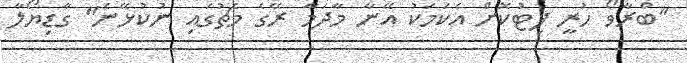
"ބްރާވޯ ހުރީ ފިޓުކޮށް އެކަމަކު އޭނާ މާދަމާ ރޭގެ މެޗުގައި ނުކުޅޭނެ" ގާޑިޔޯލާ